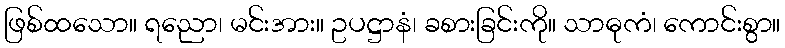
ဖြစ်ထသော။ ရညော၊ မင်းအား။ ဥပဋ္ဌာနံ၊ ခစားခြင်းကို။ သာဓုကံ၊ ကောင်းစွာ။